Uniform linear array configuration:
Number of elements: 32
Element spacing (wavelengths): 1
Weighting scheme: kaiser
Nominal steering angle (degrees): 15
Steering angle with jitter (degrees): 13.557
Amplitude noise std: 0.05
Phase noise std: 0.05

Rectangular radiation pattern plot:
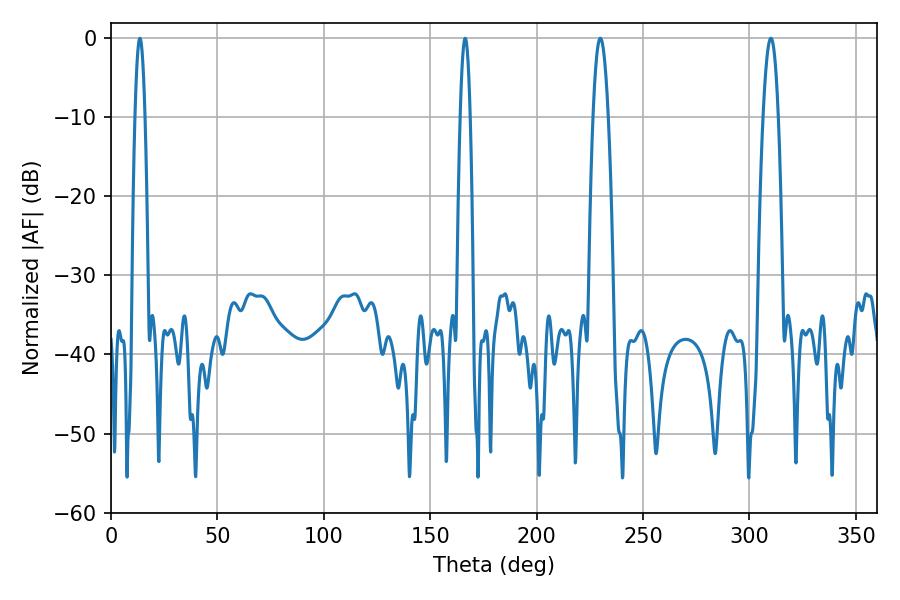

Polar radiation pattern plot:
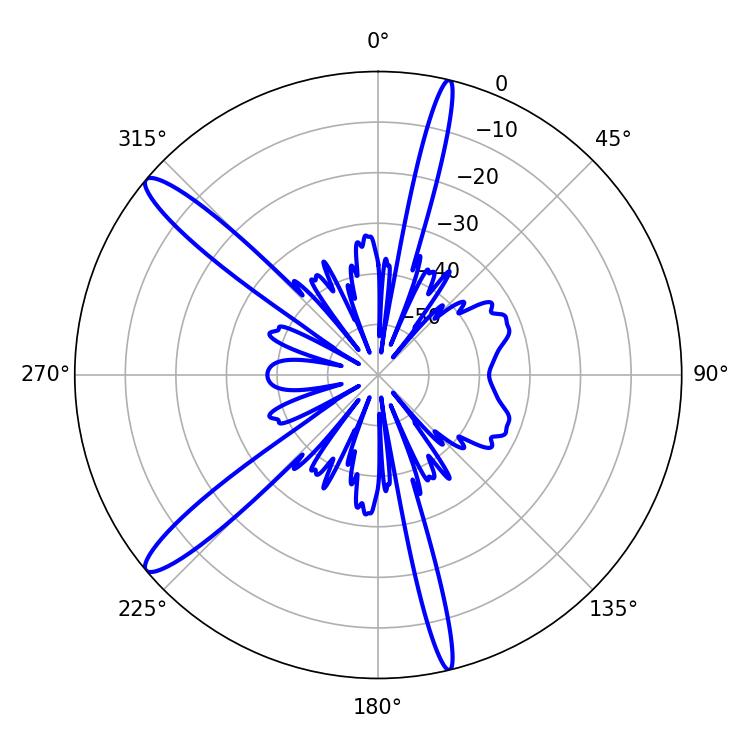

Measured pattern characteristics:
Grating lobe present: TRUE
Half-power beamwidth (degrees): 3.78
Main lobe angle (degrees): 310.14